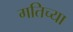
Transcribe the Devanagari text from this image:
गतिच्या